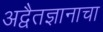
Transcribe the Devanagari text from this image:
अद्वैतज्ञानाचा